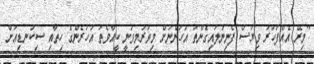
"މިރޭ އެއްފަހަރު ވިޔަސް ފެނިނުލައިގެންތަ އަހަންނަށް މިވަރުމިވަނީ ކީއްވެތަ އަހަރެންގެ ހިތާއި ސިކުނޑިއަށް